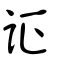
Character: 証